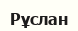
Рұслан